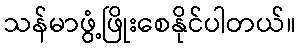
သန်မာဖွံ့ဖြိုးစေနိုင်ပါတယ်။